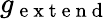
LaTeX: g_{\mathrm{~e~x~t~e~n~d~}}